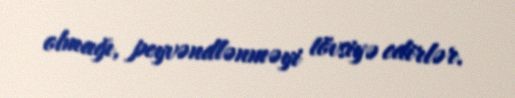
olmağı, peyvəndlənməyi tövsiyə edirlər.